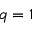
q = 1